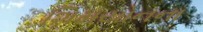
શિમયોનના